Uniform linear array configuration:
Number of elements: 12
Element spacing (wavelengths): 0.25
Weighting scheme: hann
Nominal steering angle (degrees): -45
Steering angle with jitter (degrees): -43.624
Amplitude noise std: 0.05
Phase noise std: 0.05

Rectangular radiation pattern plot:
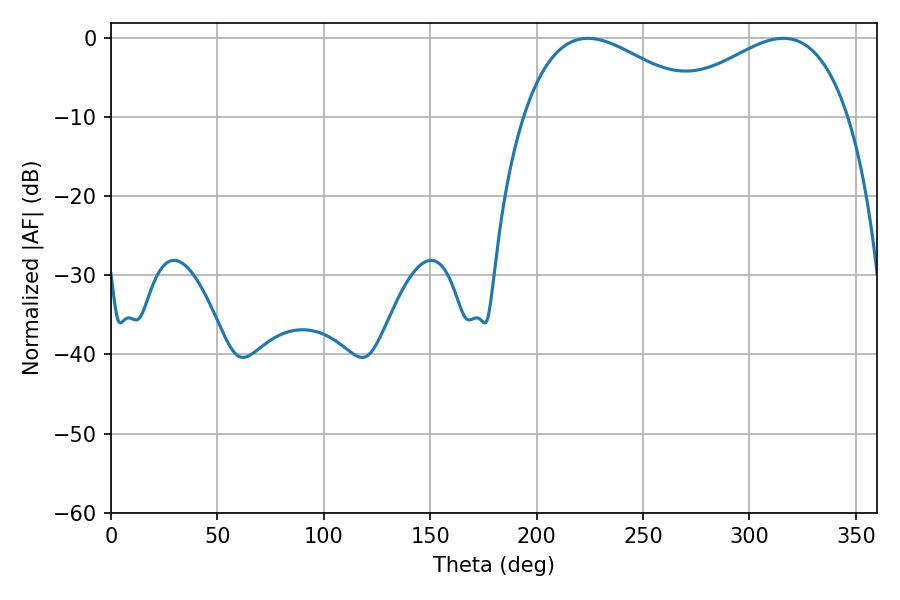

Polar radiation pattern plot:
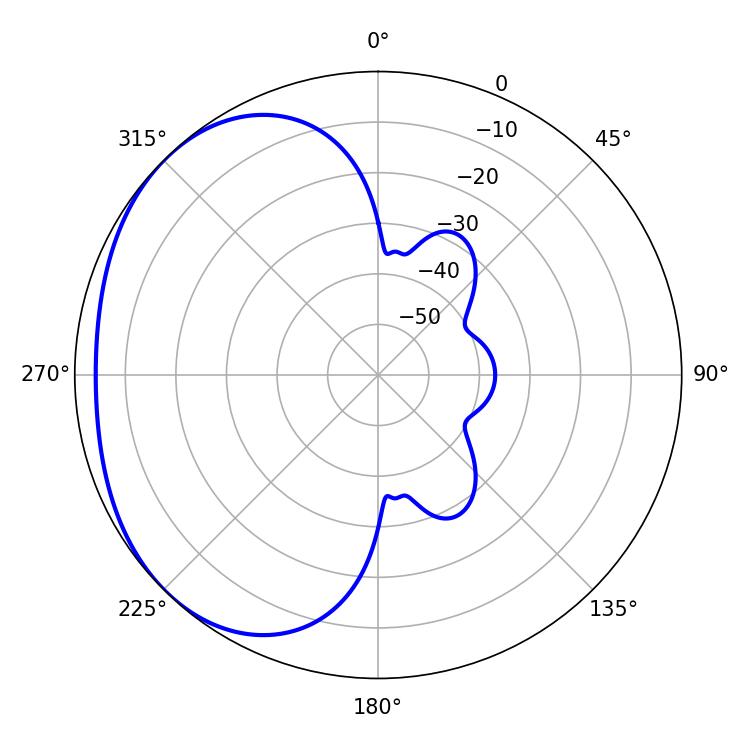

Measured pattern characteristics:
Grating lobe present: FALSE
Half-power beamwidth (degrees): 47.34
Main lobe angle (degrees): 224.1